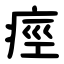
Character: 痙